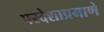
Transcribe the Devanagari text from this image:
परदेशाप्रमाणे